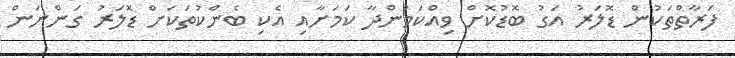
ފަރާތްތަކުން ޑޮލަރު އަގު ބޮޑުކޮށް ވިއްކަމުންދާ ކަމަށާއި އެކި ބެންކުތަކަށް ޑޮލަރު ގަންނަން